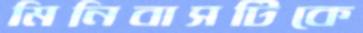
মিনিবাসটিকে